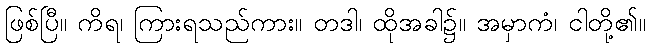
ဖြစ်ပြီ။ ကိရ၊ ကြားရသည်ကား။ တဒါ၊ ထိုအခါ၌။ အမှာကံ၊ ငါတို့၏။